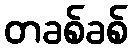
တခစ်ခစ်